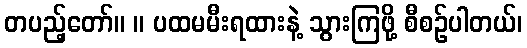
တပည့်တော်။ ။ ပထမမီးရထားနဲ့ သွားကြဖို့ စီစဉ်ပါတယ်၊